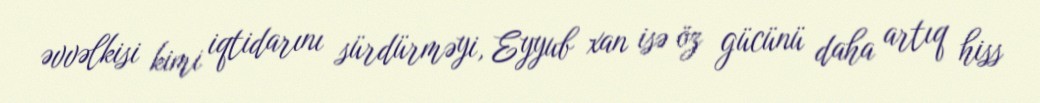
əvvəlkisi kimi iqtidarını sürdürməyi, Eyyub xan isə öz gücünü daha artıq hiss